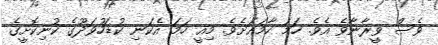
ވެސް ވީރާނާވެ އެވެ. ހަމަ ހާމައަށެވެ. މިއީ ހަމަ އެކަނި ކުޑަހުވަދޫގެ ކުނިކޮށީގެ